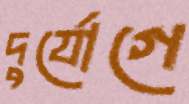
দুর্যোগে